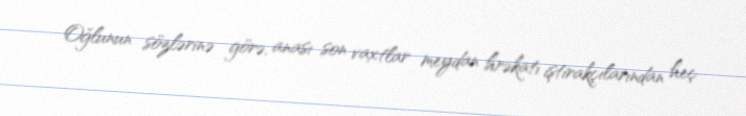
Oğlunun sözlərinə görə, anası son vaxtlar meydan hrəkatı iştirakçılarından heç